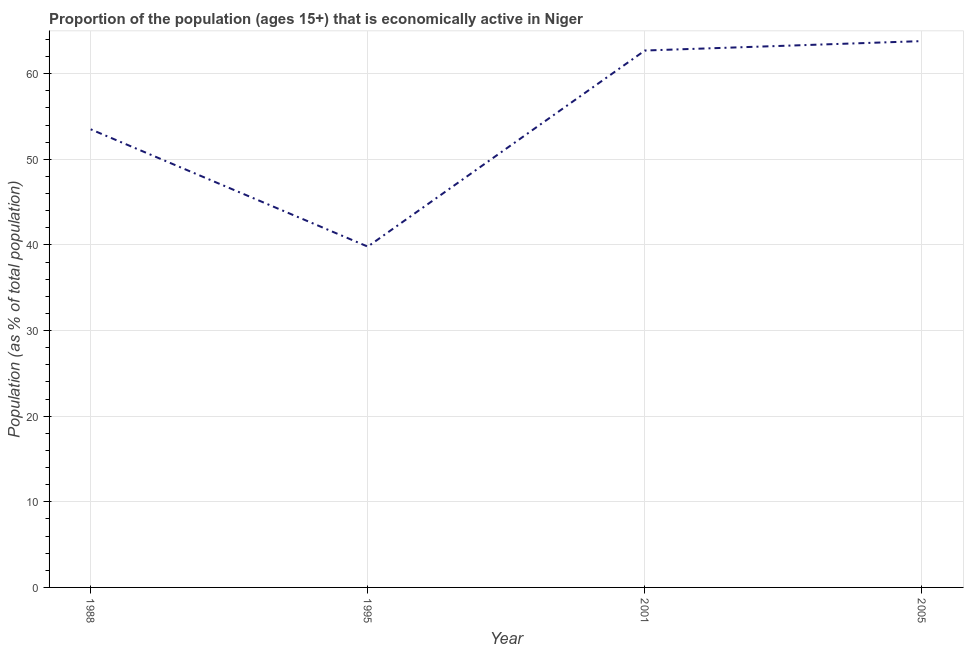
| Year | Labor force participation rate total |
 | --- | --- |
 | 1988 | 53.5 |
 | 1995 | 39.8 |
 | 2001 | 62.7 |
 | 2005 | 63.8 |